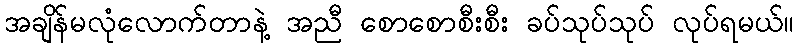
အချိန်မလုံလောက်တာနဲ့ အညီ စောစောစီးစီး ခပ်သုပ်သုပ် လုပ်ရမယ်။